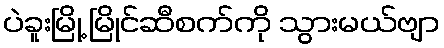
ပဲခူးမြို့ မြိုင်ဆီစက်ကို သွားမယ်ဗျာ